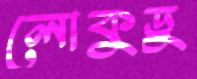
লোকুডু